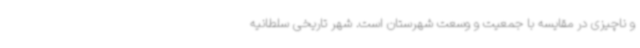
و ناچیزی در مقایسه با جمعیت و وسعت شهرستان است. شهر تاریخی سلطانیه